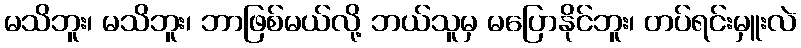
မသိဘူး၊ မသိဘူး၊ ဘာဖြစ်မယ်လို့ ဘယ်သူမှ မပြောနိုင်ဘူး၊ တပ်ရင်းမှူးလဲ